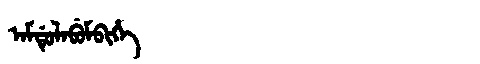
Manchu: ᠠᠮᡩᡠᠯᠠᠪᡠᠮᠪᡳᡥᡝ
Romanization: AMDULABUMBIHE